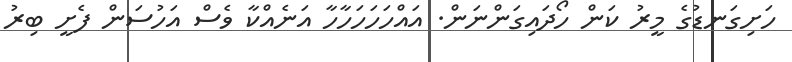
ހަށިގަނޑުގެ މީރު ކަން ހޯދައިގަންނަން. އައްހަހަހަހާހާ އަނެއްކާ ވެސް އަހުސަން ފެށީ ބިރު